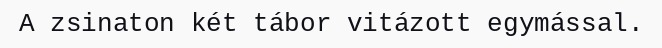
A zsinaton két tábor vitázott egymással.